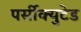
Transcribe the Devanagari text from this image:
पर्सीक्युटेड